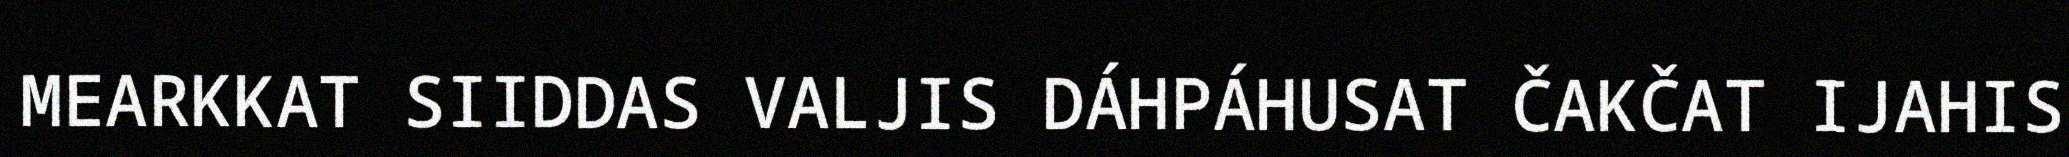
MEARKKAT SIIDDAS VALJIS DÁHPÁHUSAT ČAKČAT IJAHIS